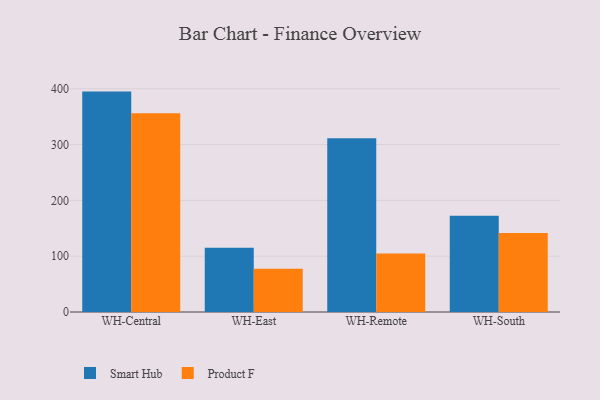
{"axis": {"x": "Warehouse", "y": "Demand Index"}, "legend": ["Product F", "Smart Hub"], "data": [{"x": "WH-Central", "y": 394.9, "type": "Smart Hub"}, {"x": "WH-Central", "y": 356.2, "type": "Product F"}, {"x": "WH-East", "y": 115.1, "type": "Smart Hub"}, {"x": "WH-East", "y": 77.3, "type": "Product F"}, {"x": "WH-Remote", "y": 311.3, "type": "Smart Hub"}, {"x": "WH-Remote", "y": 104.9, "type": "Product F"}, {"x": "WH-South", "y": 172.4, "type": "Smart Hub"}, {"x": "WH-South", "y": 141.6, "type": "Product F"}]}